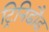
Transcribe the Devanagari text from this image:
ट्रिनिडौड